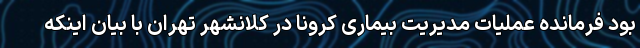
بود فرمانده عملیات مدیریت بیماری کرونا در کلانشهر تهران با بیان اینکه